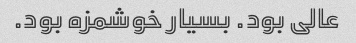
عالی بود. بسیار خوشمزه بود.